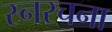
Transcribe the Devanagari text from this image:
स्नरचना